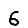
Digit: 6